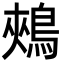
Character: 鵊